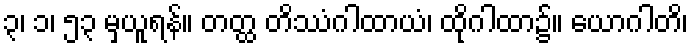
၃၊ ၁၊ ၅၃ မှယူရန်။ တတ္ထ တိဿံဂါထာယံ၊ ထိုဂါထာ၌။ ယောဂါတိ၊